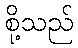
စို့သည်